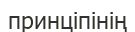
принціпінің